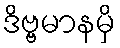
ဒိဗ္ဗမာနမှိ